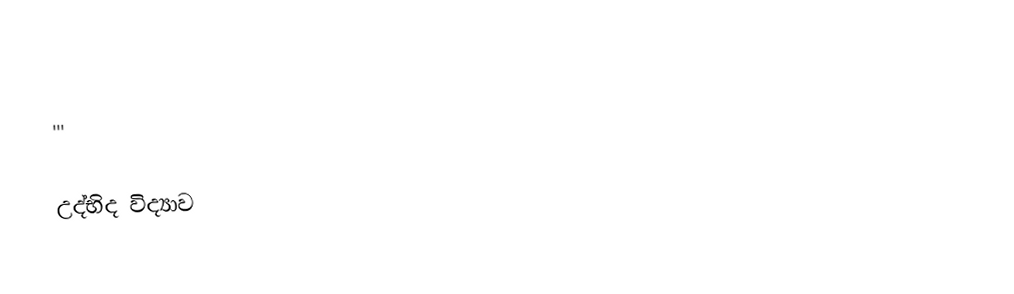
'''

උද්භිද විද්‍යාව